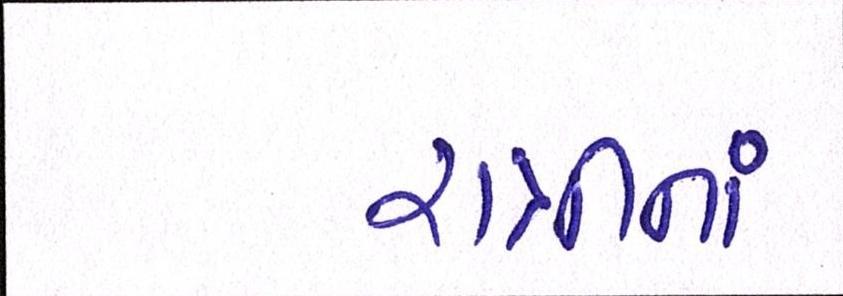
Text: રાત્રીનાં